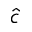
\hat { c }